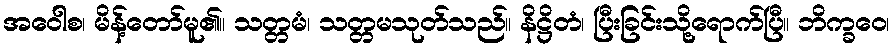
အဝေါစ၊ မိန့်တော်မူ၏။ သတ္တမံ၊ သတ္တမသုတ်သည်။ နိဋ္ဌိတံ၊ ပြီးခြင်းသို့ရောက်ပြီ။ ဘိက္ခဝေ၊